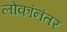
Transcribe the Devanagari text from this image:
लोकांनंतर